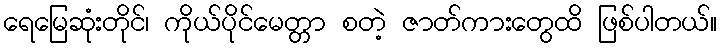
ရေမြေဆုံးတိုင်၊ ကိုယ်ပိုင်မေတ္တာ စတဲ့ ဇာတ်ကားတွေထိ ဖြစ်ပါတယ်။